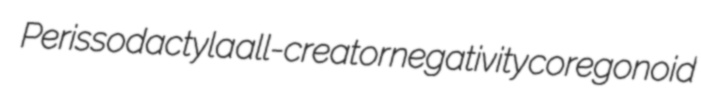
Perissodactyla all-creator negativity coregonoid